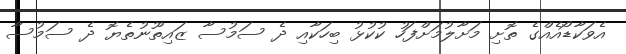
އެވަކާޑޯއެއްގެ ތޮށި މަށާލުމަށްފަހު ކުކުޅު ބިހަކާއި ދެ ސަމުސާ ޒައިތޫނުތެޔޮ ދެ ސަމުސާ